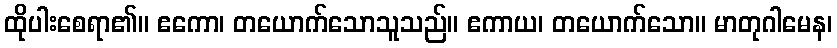
ထိုပါးစေရာ၏။ ဧကော၊ တယောက်သောသူသည်။ ဧကာယ၊ တယောက်သော။ မာတုဂါမေန၊